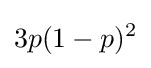
3p(1-p)^{2}